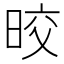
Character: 晈